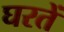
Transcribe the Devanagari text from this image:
घरतें